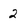
Character: 2